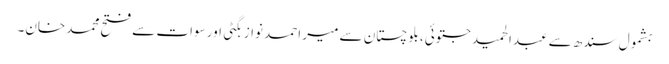
بشمول سندھ سے عبدالحمید جتوئی، بلوچستان سے میر احمد نواز بگٹی اور سوات سے فتح محمد خان۔